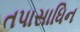
તપાસાધિન